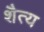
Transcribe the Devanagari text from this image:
शैत्य